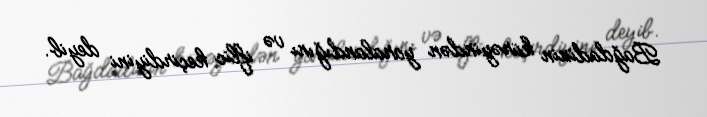
Bağdadinin kürəyindən yaralandığını və iflic keçirdiyini deyib.